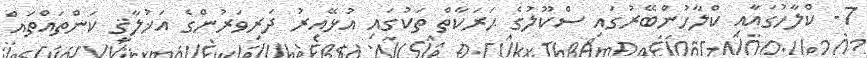
7- ކްލާހުގައާއި ކްލާހުންބޭރުގައި ސްކޫލުގެ ޙަރަކާތް ތަކުގައި އުޅޭއިރު ދަރިވަރުންގެ އަޚުލާޤީ ކަންތައްތައް